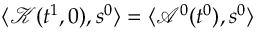
\langle \mathcal { K } ( t ^ { 1 } , 0 ) , s ^ { 0 } \rangle = \langle \mathcal { A } ^ { 0 } ( t ^ { 0 } ) , s ^ { 0 } \rangle